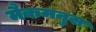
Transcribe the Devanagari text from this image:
मैकमनुस